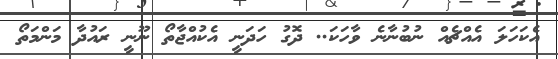
އެކަހަލަ އެއްޗެއް ނުބުނާނެ ވާހަކަ.. ދޮގު ހަދަނީ އެކުއްޖާތޯ ނޫނީ ރައުދާ މަންމަތޯ